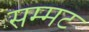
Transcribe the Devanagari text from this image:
सम्मट